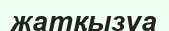
жатқызуа